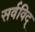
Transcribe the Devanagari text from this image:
सर्वविद्